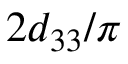
2 d _ { 3 3 } / \pi